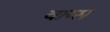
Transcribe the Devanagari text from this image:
वाय्स